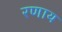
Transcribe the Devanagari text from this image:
रणाय